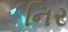
નિર